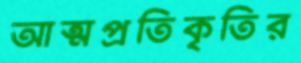
আত্মপ্রতিকৃতির